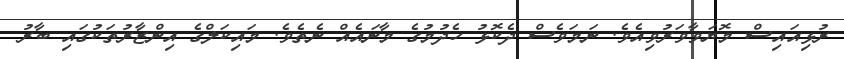
ރުޅިއައިސް މޮޔަވާވަރުވިއެވެ. ނަމަވެސް ދެކޮޅު ހެދުމުގެ މާނައެއް ނެތެވެ. މައިކަލްގެ އިންޒާރުތަކުގައި ބާރު